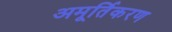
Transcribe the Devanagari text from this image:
अमूर्तिकरण